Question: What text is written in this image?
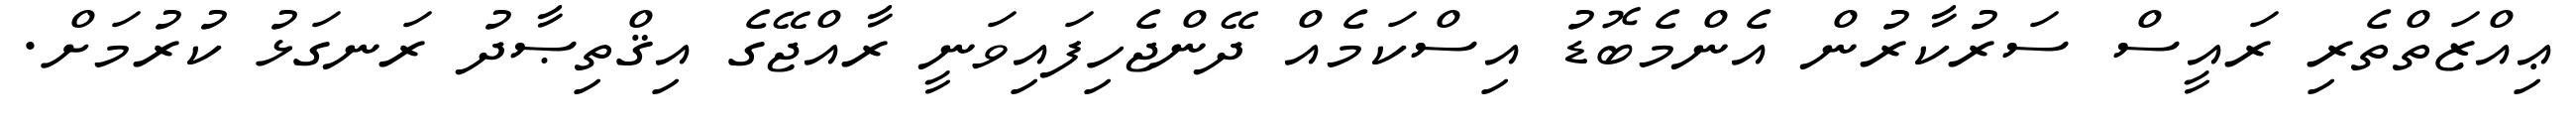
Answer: ޢިއްޒަތްތެރި ރައީސް ސަރުކާރުން އެންމެބޮޑު އިސްކަމެއް ދޭންޖެހިފައިވަނީ ރާއްޖޭގެ އިޤްތިޞާދު ރަނގަޅު ކުރުމަށް.